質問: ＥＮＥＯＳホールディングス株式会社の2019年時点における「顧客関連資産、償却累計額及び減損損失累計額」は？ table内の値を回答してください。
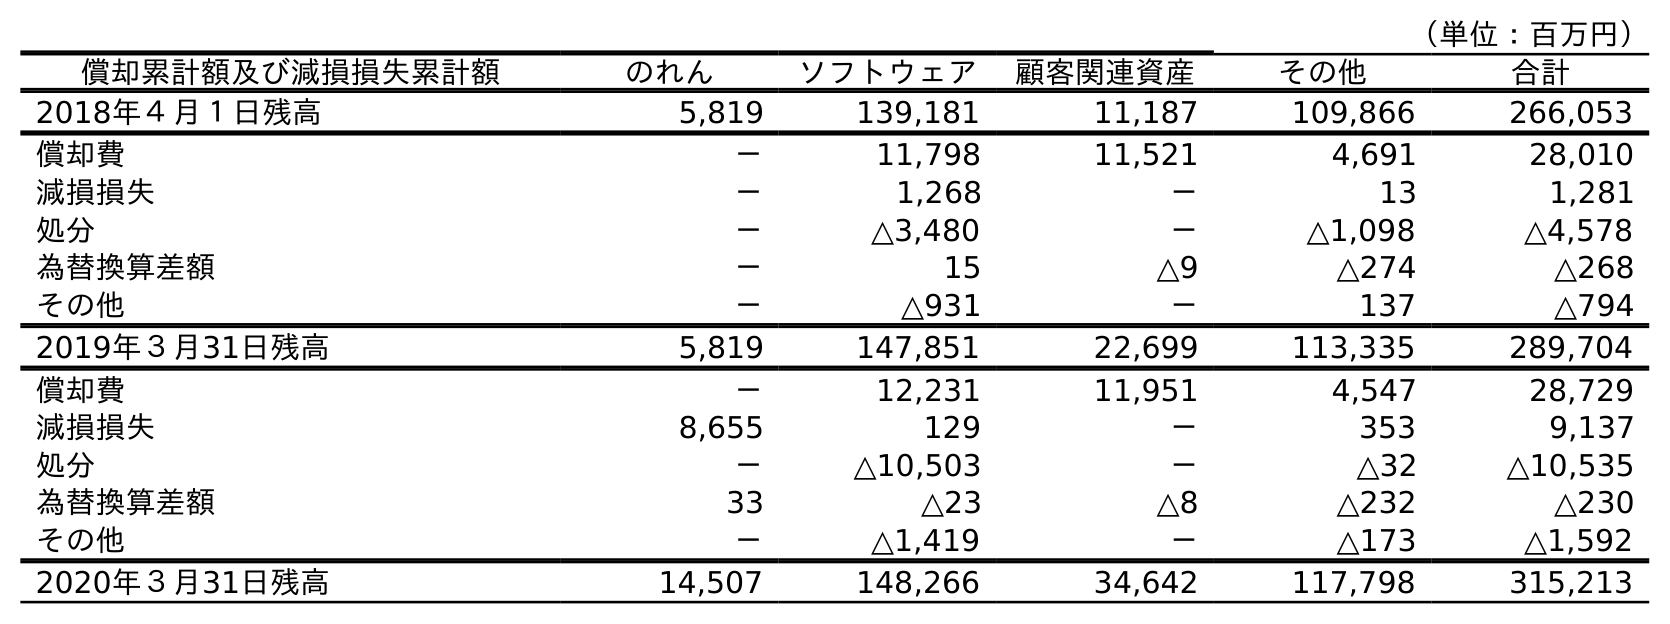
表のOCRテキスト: （単位：百万円） 償却累計額及び減損損失累計額 のれん ソフトウェア 顧客関連資産 その他 合計 2018年４月１日残高 5,819 139,181 11,187 109,866 266,053 償却費 － 11,798 11,521 4,691 28,010 減損損失 － 1,268 － 13 1,281 処分 － △3,480 － △1,098 △4,578 為替換算差額 － 15 △9 △274 △268 その他 － △931 － 137 △794 2019年３月31日残高 5,819 147,851 22,699 113,335 289,704 償却費 － 12,231 11,951 4,547 28,729 減損損失 8,655 129 － 353 9,137 処分 － △10,503 － △32 △10,535 為替換算差額 33 △23 △8 △232 △230 その他 － △1,419 － △173 △1,592 2020年３月31日残高 14,507 148,266 34,642 117,798 315,213
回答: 22,699